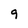
Character: 9